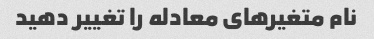
نام متغیرهای معادله را تغییر دهید